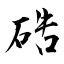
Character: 硞